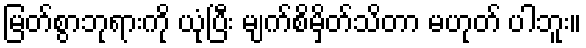
မြတ်စွာဘုရားကို ယုံပြီး မျက်စိမှိတ်သိတာ မဟုတ် ပါဘူး။